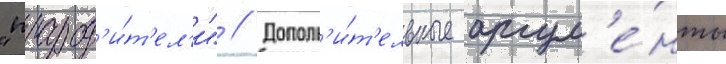
"прарод'и́т'ел'и" // Дополн'и́т'ельные аргум'е́нты